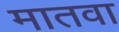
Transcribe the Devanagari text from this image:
मातवा